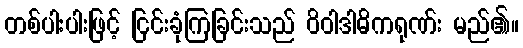
တစ်ပါးပါးဖြင့် ငြင်းခုံကြခြင်းသည် ဝိဝါဒါဓိကရုဏ်း မည်၏။